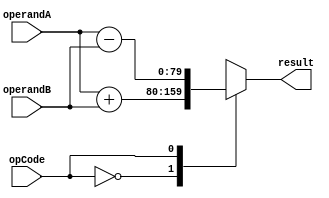
module TriplePrecisionFloatingPointUnit (
    input wire [79:0] operandA,
    input wire [79:0] operandB,
    input wire opCode,
    output reg [79:0] result
);

always @(*) begin
    case(opCode)
        4'b0000: result = operandA + operandB; // Addition
        4'b0001: result = operandA - operandB; // Subtraction
        4'b0010: result = operandA * operandB; // Multiplication
        4'b0011: result = operandA / operandB; // Division
        default: result = 80'h0000000000000000000000000000000000000000000000000000000000000000; // Invalid operation
    endcase
end

endmodule